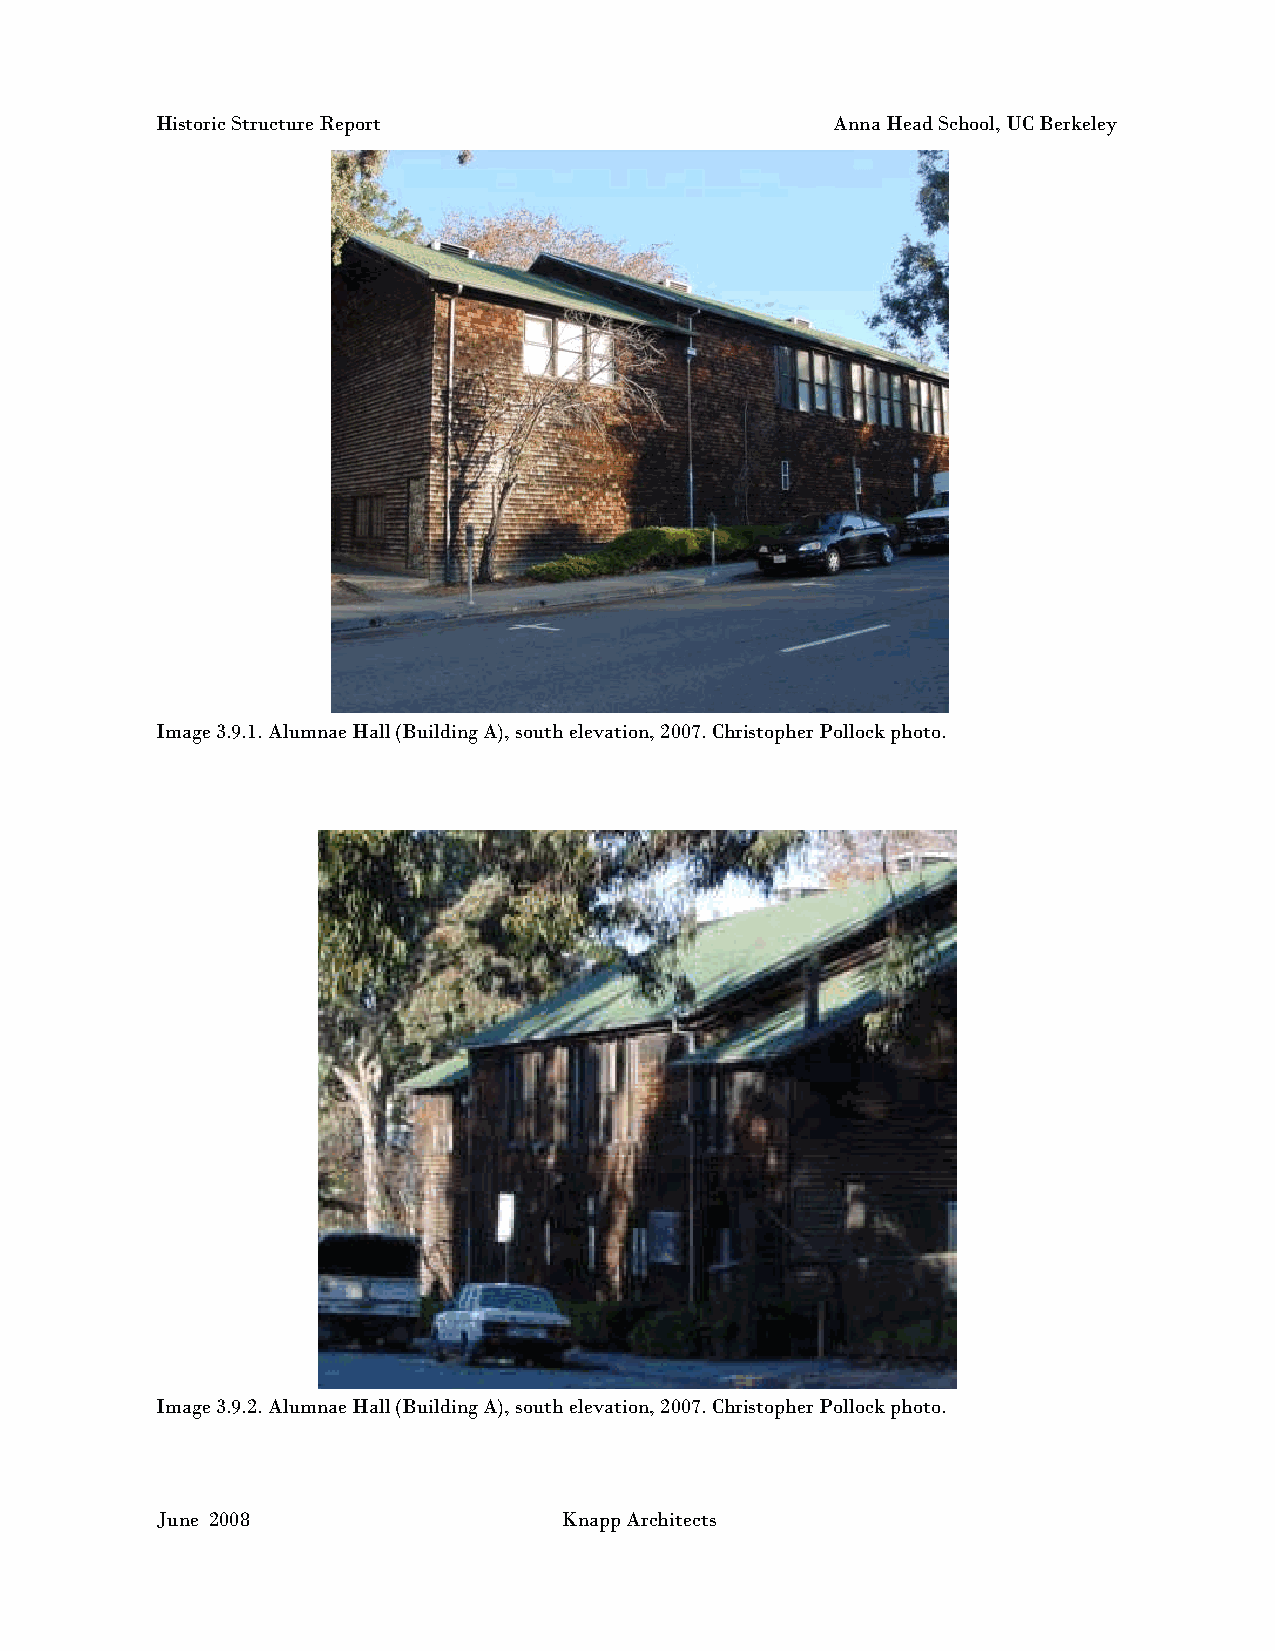
Historic Structure Report                    Anna Head School, UC Berkeley
 Image 3.9.1. Alumnae Hall (Building A), south elevation, 2007. Christopher Pollock photo.
 Image 3.9.2. Alumnae Hall (Building A), south elevation, 2007. Christopher Pollock photo.
 June 2008                  Knapp Architects